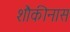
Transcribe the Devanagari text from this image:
शौकीनास